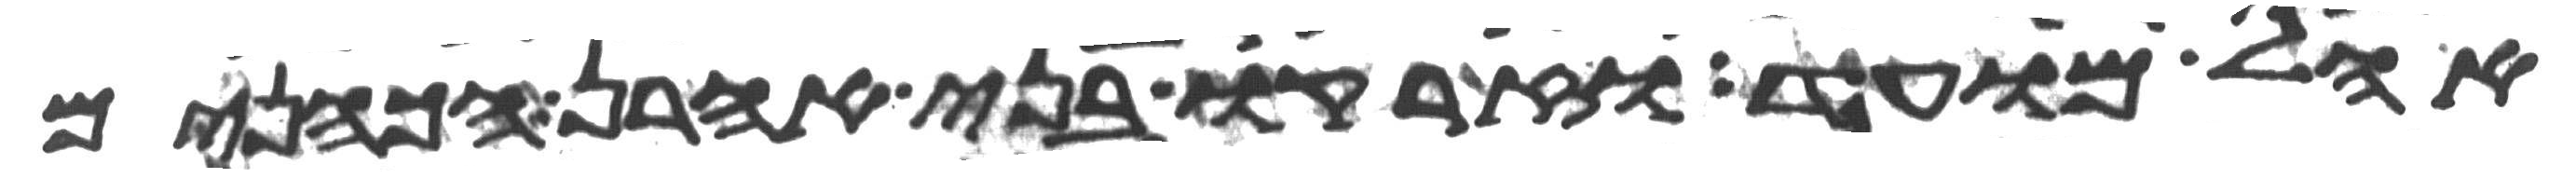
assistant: אהל מועד וזרקו בני אהרן הכהנים